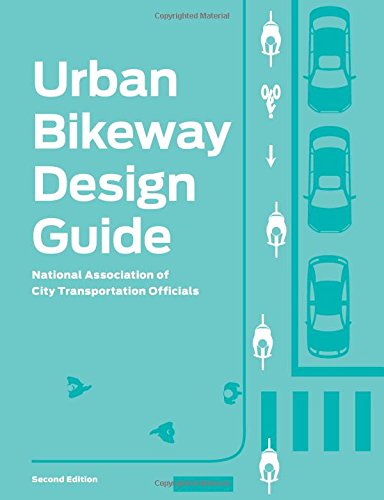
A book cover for Urban Bikeway Design Guide, Second Edition; National Association of City Transportation Officials; Engineering & Transportation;